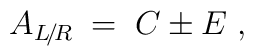
A_{L\!/\!R} \;=\; C \pm E \;,